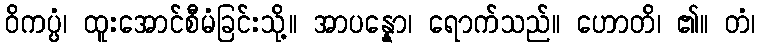
ဝိကပ္ပံ၊ ထူးအောင်စီမံခြင်းသို့။ အာပန္နော၊ ရောက်သည်။ ဟောတိ၊ ၏။ တံ၊